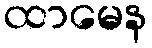
ထာမေန